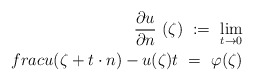
\begin{align*}\frac{\partial u}{\partial n}\ (\zeta)\ :=\ \lim_{t\to 0}\\frac{u(\zeta+t\cdot n)-u(\zeta)}{t}\ =\ \varphi(\zeta)\end{align*}